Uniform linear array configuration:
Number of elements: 4
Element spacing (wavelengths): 1
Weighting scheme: blackman
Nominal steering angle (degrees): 15
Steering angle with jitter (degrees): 13.357
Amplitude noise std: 0.05
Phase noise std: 0.05

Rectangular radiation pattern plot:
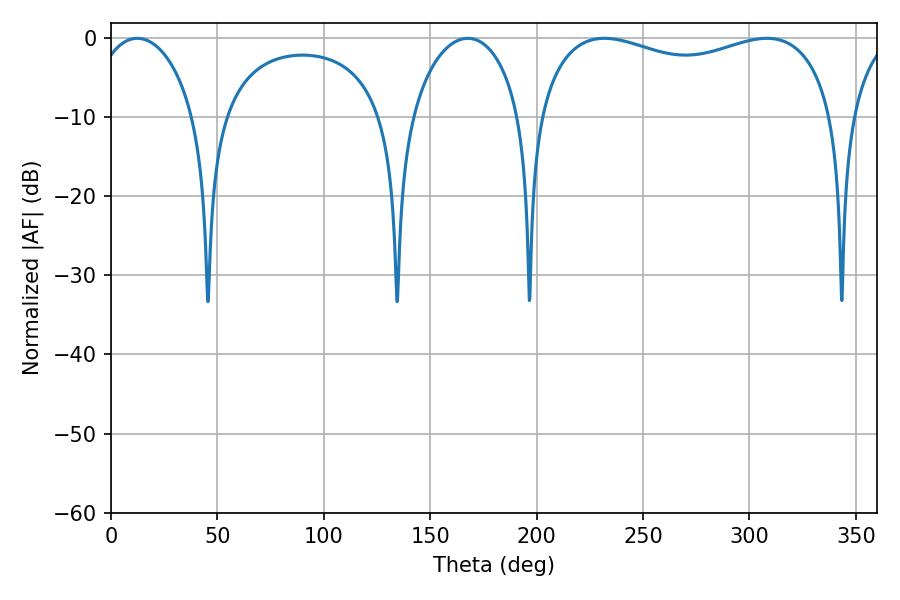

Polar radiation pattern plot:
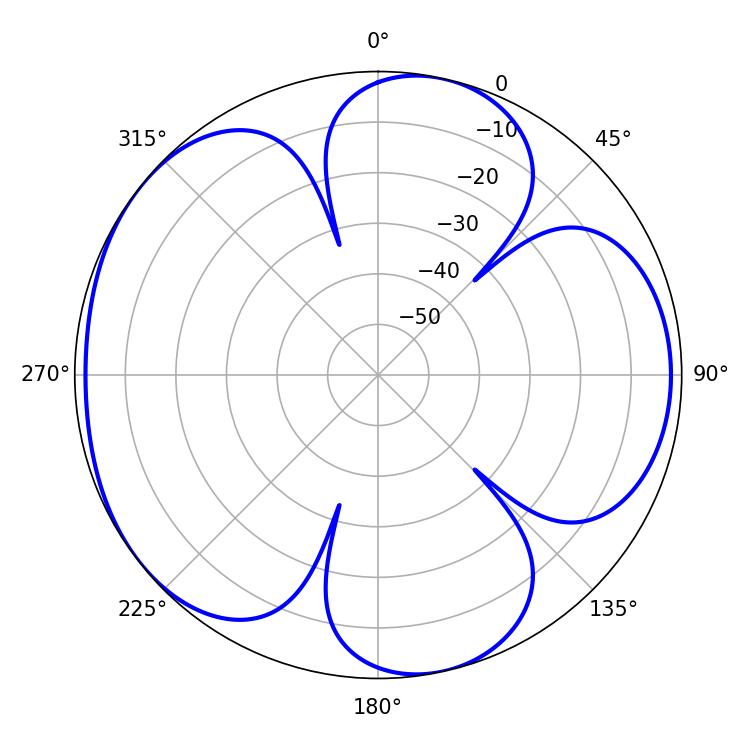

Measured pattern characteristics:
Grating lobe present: TRUE
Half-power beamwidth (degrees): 114.84
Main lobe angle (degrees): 308.16